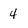
Character: 4